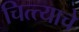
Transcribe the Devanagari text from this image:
चित्त्याचे